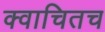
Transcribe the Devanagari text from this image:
क्वाचितच